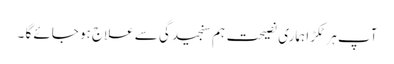
آپ ہر ٹکڑا ہماری نصیحت ہم سنجیدگی سے علاج ہو جائے گا ۔